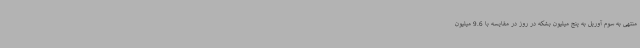
منتهی به سوم آوریل به پنج میلیون بشکه در روز در مقایسه با 9.6 میلیون